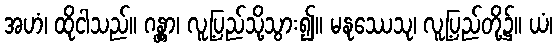
အဟံ၊ ထိုငါသည်။ ဂန္တွာ၊ လူ့ပြည်သို့သွား၍။ မနုဿေသု၊ လူ့ပြည်တို့၌။ ယံ၊